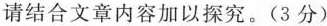
请结合文章内容加以试探。（3分）